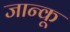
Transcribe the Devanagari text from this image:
जान्कू